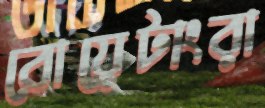
বোয়েটাংরা